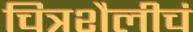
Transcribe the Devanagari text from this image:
चित्रशैलीचं